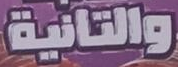
والتانية